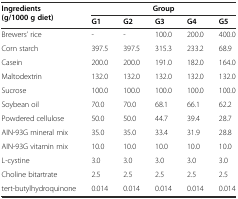
<table><thead><tr><td rowspan="2"><b>Ingredients (g/1000 g diet)</b></td><td colspan="5"><b>Group</b></td></tr><tr><td><b>G1</b></td><td><b>G2</b></td><td><b>G3</b></td><td><b>G4</b></td><td><b>G5</b></td></tr></thead><tbody><tr><td>Brewers’ rice</td><td>-</td><td>-</td><td>100.0</td><td>200.0</td><td>400.0</td></tr><tr><td>Corn starch</td><td>397.5</td><td>397.5</td><td>315.3</td><td>233.2</td><td>68.9</td></tr><tr><td>Casein</td><td>200.0</td><td>200.0</td><td>191.0</td><td>182.0</td><td>164.0</td></tr><tr><td>Maltodextrin</td><td>132.0</td><td>132.0</td><td>132.0</td><td>132.0</td><td>132.0</td></tr><tr><td>Sucrose</td><td>100.0</td><td>100.0</td><td>100.0</td><td>100.0</td><td>100.0</td></tr><tr><td>Soybean oil</td><td>70.0</td><td>70.0</td><td>68.1</td><td>66.1</td><td>62.2</td></tr><tr><td>Powdered cellulose</td><td>50.0</td><td>50.0</td><td>44.7</td><td>39.4</td><td>28.7</td></tr><tr><td>AIN-93G mineral mix</td><td>35.0</td><td>35.0</td><td>33.4</td><td>31.9</td><td>28.8</td></tr><tr><td>AIN-93G vitamin mix</td><td>10.0</td><td>10.0</td><td>10.0</td><td>10.0</td><td>10.0</td></tr><tr><td>L-cystine</td><td>3.0</td><td>3.0</td><td>3.0</td><td>3.0</td><td>3.0</td></tr><tr><td>Choline bitartrate</td><td>2.5</td><td>2.5</td><td>2.5</td><td>2.5</td><td>2.5</td></tr><tr><td>tert-butylhydroquinone</td><td>0.014</td><td>0.014</td><td>0.014</td><td>0.014</td><td>0.014</td></tr></tbody></table>